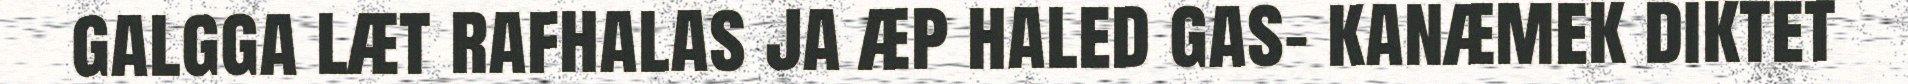
galgga læt rafhalas ja æp haled gas- kanæmek diktet